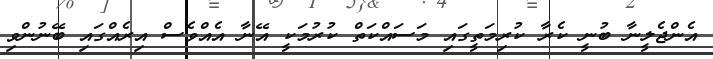
އެންޖެލީނާ ބުނީ ކެރާ ކުރިމަތީގައި މަސައްކަތް ކުރުމަކީ އޭނާ އެއްވެސް އިރެއްގައި ބޭނުންވި